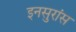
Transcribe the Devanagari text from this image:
इनसुरांस